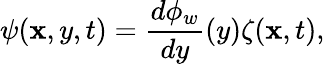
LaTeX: \psi(\mathbf{x},y,t)=\frac{{d\phi_{w}}}{{dy}}(y)\zeta(\mathbf{x},t),